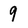
Character: 9